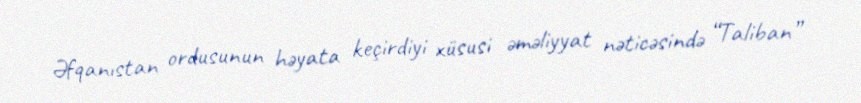
Əfqanıstan ordusunun həyata keçirdiyi xüsusi əməliyyat nəticəsində “Taliban”